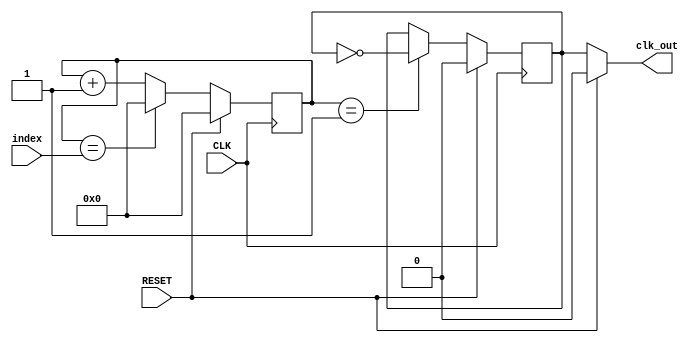
`timescale 1ns / 1ps
//////////////////////////////////////////////////////////////////////////////////
// Company: /
// Engineer: /
// 
// Design Name: Yang Cen
// Module Name: CLK_10Hz
// Project Name: clock divider
// Target Devices: /
// Tool Versions: Vivado 2015.2
// Description: even divider
// 
// Dependencies: 
// 
// Revision:
// Revision 0.01 - File Created
// Additional Comments:
// 
//////////////////////////////////////////////////////////////////////////////////


module CLK_Divider(
    input CLK,
    input RESET,
    input [3:0] index,
    output clk_out
    );
    
    // based on 100Mhz system clk
    reg [3:0] div_counter;
    
    reg div_clk;
    
    // counting the input clk
    always @(posedge CLK) begin
        if (RESET)
            div_counter<='d0;
        else begin
            if (div_counter == index)
                div_counter<='d0;
            else
                div_counter<=div_counter+1'd1;
        end
    end
    
    always @(posedge CLK) begin
        if (RESET)
            div_clk <= 'd0;
        else begin
            if (div_counter == 'd1)
                div_clk <= ~div_clk;
            else
                div_clk <= div_clk;
        end
    end
    
    assign clk_out = RESET ? 1'd0 : div_clk;
endmodule